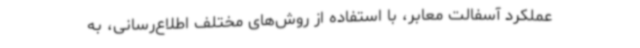
عملکرد آسفالت معابر، با استفاده از روش‌های مختلف اطلاع‌رسانی، به